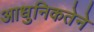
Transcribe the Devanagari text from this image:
आधुनिकतेने